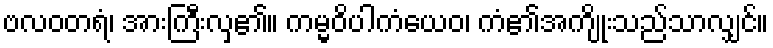
ဗလဝတရံ၊ အားကြီးလှ၏။ ကမ္မဝိပါကံယေဝ၊ ကံ၏အကျိုးသည်သာလျှင်။